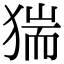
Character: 猯